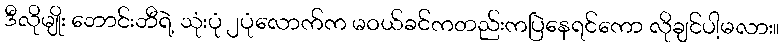
ဒီလိုမျိုး ဘောင်းဘီရဲ့ သုံးပုံ ၂ပုံလောက်က မဝယ်ခင်ကတည်းကပြဲနေရင်ကော လိုချင်ပါ့မလား။